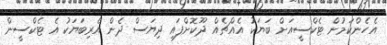
އެހެންކަމުން ޓެކްސީއަށް ބަޔަކު އެއްޗެއް ދޫކޮށްފައި ދިޔަސް ދެން އެރިބަޔަކު އެ ޓެކްސީން